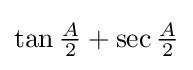
\tan {\tfrac {A}{2}}+\sec {\tfrac {A}{2}}